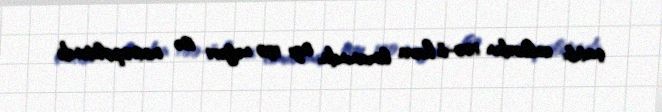
çatıb: onlardan 100-ü hava limanında, azı 130 nəfəri isə metropolitendə